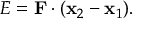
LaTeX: E = { \mathbf { F } } \cdot ( { \mathbf { x } } _ { 2 } - { \mathbf { x } } _ { 1 } ) .